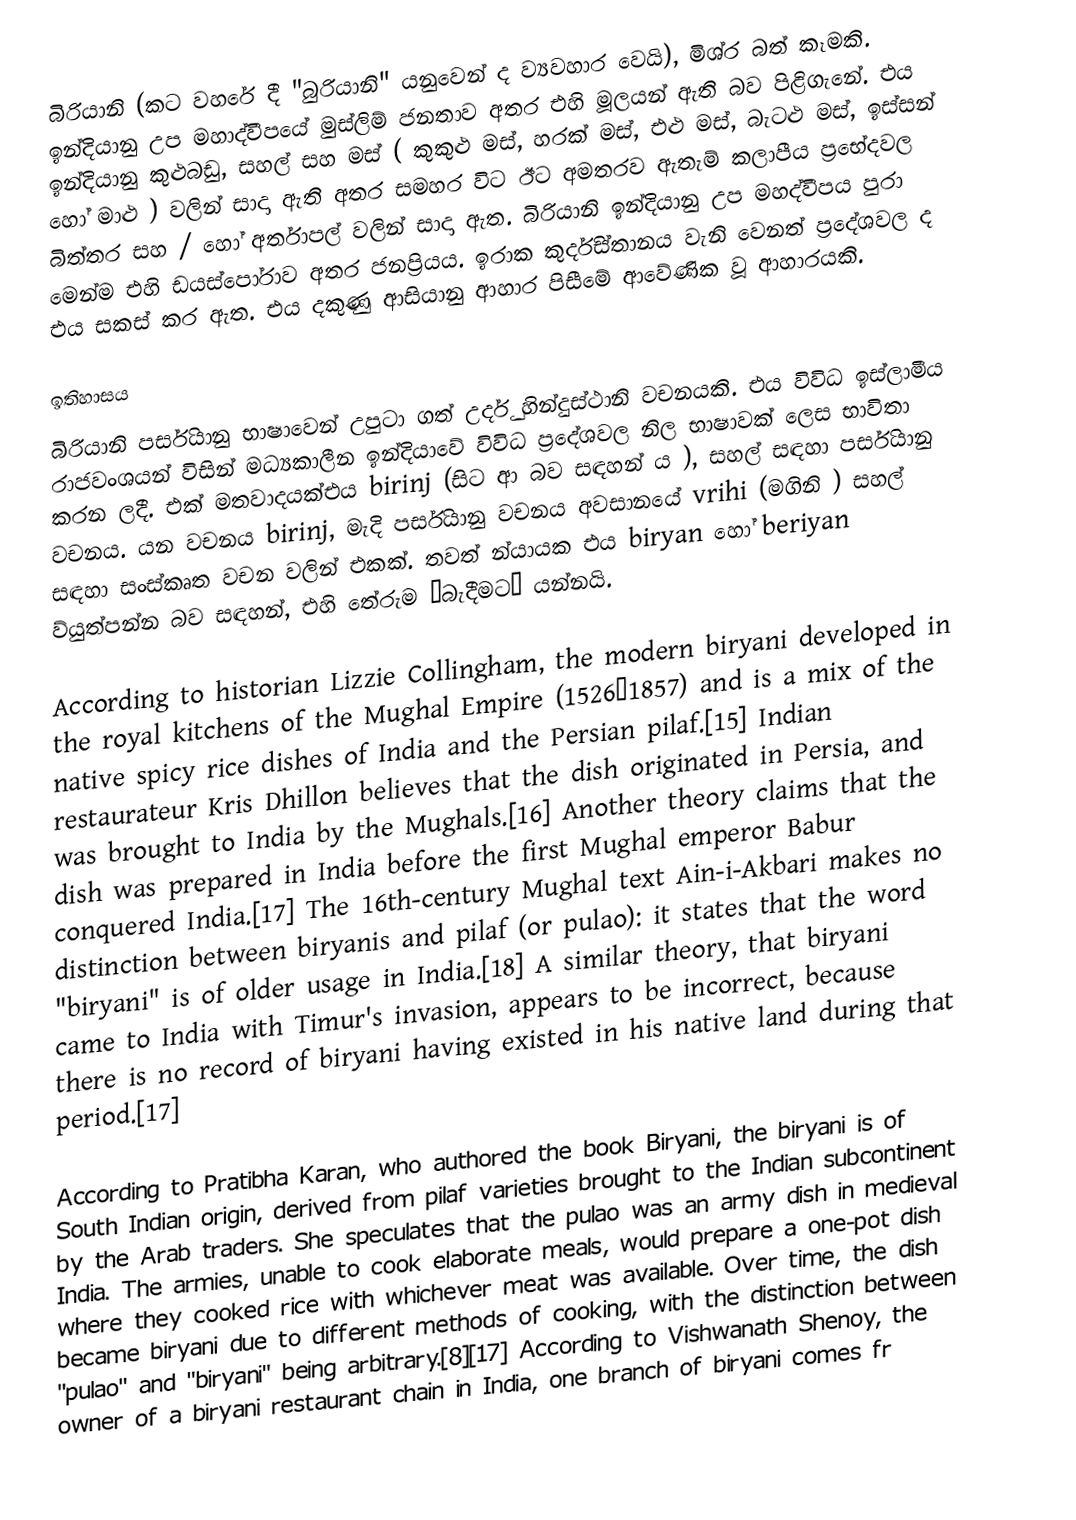
බිරියානි (කට වහරේ දී "බුරියානි" යනුවෙන් ද ව්‍යවහාර වෙයි), මිශ්ර බත් කෑමකි. ඉන්දියානු උප මහාද්වීපයේ මුස්ලිම් ජනතාව අතර එහි මූලයන් ඇති බව පිළිගැනේ. එය ඉන්දියානු කුළුබඩු, සහල් සහ මස් ( කුකුළු මස්, හරක් මස්, එළු මස්, බැටළු මස්, ඉස්සන් හෝ මාළු ) වලින් සාදා ඇති අතර සමහර විට ඊට අමතරව ඇතැම් කලාපීය ප්‍රභේදවල බිත්තර සහ / හෝ අර්තාපල් වලින් සාදා ඇත. බිරියානි ඉන්දියානු උප මහද්වීපය පුරා මෙන්ම එහි ඩයස්පෝරාව අතර ජනප්‍රියය. ඉරාක කුර්දිස්තානය වැනි වෙනත් ප්‍රදේශවල ද එය සකස් කර ඇත.  එය දකුණු ආසියානු ආහාර පිසීමේ ආවේණික වූ ආහාරයකි.

ඉතිහාසය
බිරියානි  පර්සියානු භාෂාවෙන් උපුටා ගත් උර්දු හින්දුස්ථානි වචනයකි. එය විවිධ ඉස්ලාමීය රාජවංශයන් විසින් මධ්‍යකාලීන ඉන්දියාවේ විවිධ ප්‍රදේශවල නිල භාෂාවක් ලෙස භාවිතා කරන ලදී.  එක් මතවාදයක්එය birinj (සිට  ආ බව සඳහන් ය     ), සහල් සඳහා පර්සියානු වචනය.   යන වචනය birinj, මැදි පර්සියානු වචනය අවසානයේ vrihi (මගිනි    ) සහල් සඳහා සංස්කෘත වචන වලින් එකක්.  තවත් න්යායක එය biryan හෝ beriyan ව්යුත්පන්න බව සඳහන්, එහි තේරුම  “බැදීමට” යන්නයි.

According to historian Lizzie Collingham, the modern biryani developed in the royal kitchens of the Mughal Empire (1526–1857) and is a mix of the native spicy rice dishes of India and the Persian pilaf.[15] Indian restaurateur Kris Dhillon believes that the dish originated in Persia, and was brought to India by the Mughals.[16] Another theory claims that the dish was prepared in India before the first Mughal emperor Babur conquered India.[17] The 16th-century Mughal text Ain-i-Akbari makes no distinction between biryanis and pilaf (or pulao): it states that the word "biryani" is of older usage in India.[18] A similar theory, that biryani came to India with Timur's invasion, appears to be incorrect, because there is no record of biryani having existed in his native land during that period.[17]

According to Pratibha Karan, who authored the book Biryani, the biryani is of South Indian origin, derived from pilaf varieties brought to the Indian subcontinent by the Arab traders. She speculates that the pulao was an army dish in medieval India. The armies, unable to cook elaborate meals, would prepare a one-pot dish where they cooked rice with whichever meat was available. Over time, the dish became biryani due to different methods of cooking, with the distinction between "pulao" and "biryani" being arbitrary.[8][17] According to Vishwanath Shenoy, the owner of a biryani restaurant chain in India, one branch of biryani comes fr